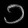
Digit: ၁